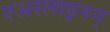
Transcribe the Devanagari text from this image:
एअरलाइनन्